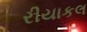
રીયાકલ